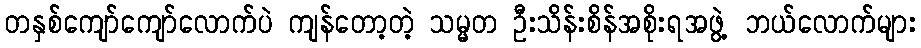
တနှစ်ကျော်ကျော်လောက်ပဲ ကျန်တော့တဲ့ သမ္မတ ဦးသိန်းစိန်အစိုးရအဖွဲ့ ဘယ်လောက်များ